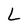
Character: L